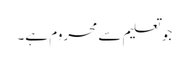
جو تعلیم سے محروم ہے۔